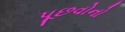
પૂછવોનો